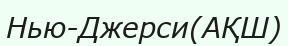
Нью-Джерси(АҚШ)